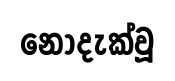
නොදැක්වූ